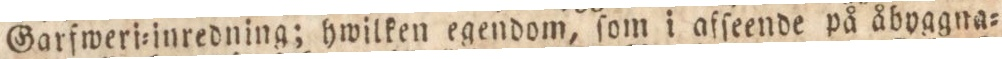
Garfweri=inredning; hwilken egendom, ſom i afſeende på åbyggna=